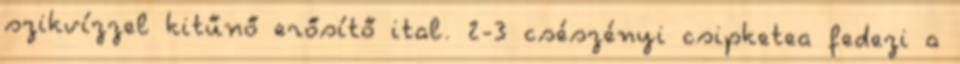
szikvízzel kitűnő erősítő ital. 2-3 csészényi csipketea fedezi a